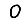
Digit: 0